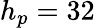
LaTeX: h_{p}=32